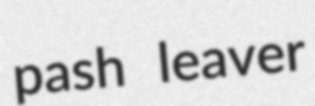
pash leaver